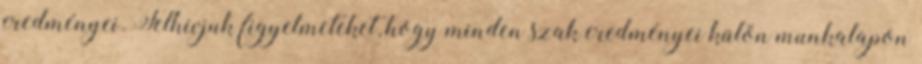
eredményei. Felhívjuk figyelmeteket, hogy minden szak eredményei külön munkalapon